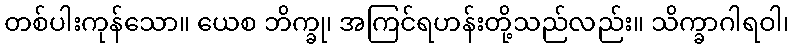
တစ်ပါးကုန်သော။ ယေစ ဘိက္ခု၊ အကြင်ရဟန်းတို့သည်လည်း။ သိက္ခာဂါရဝါ၊